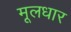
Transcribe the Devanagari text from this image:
मूलधार